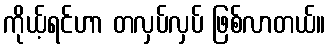
ကိုယ့်ရင်ဟာ တလှပ်လှပ် ဖြစ်လာတယ်။